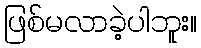
ဖြစ်မလာခဲ့ပါဘူး။